Riigikantselei, lk 346
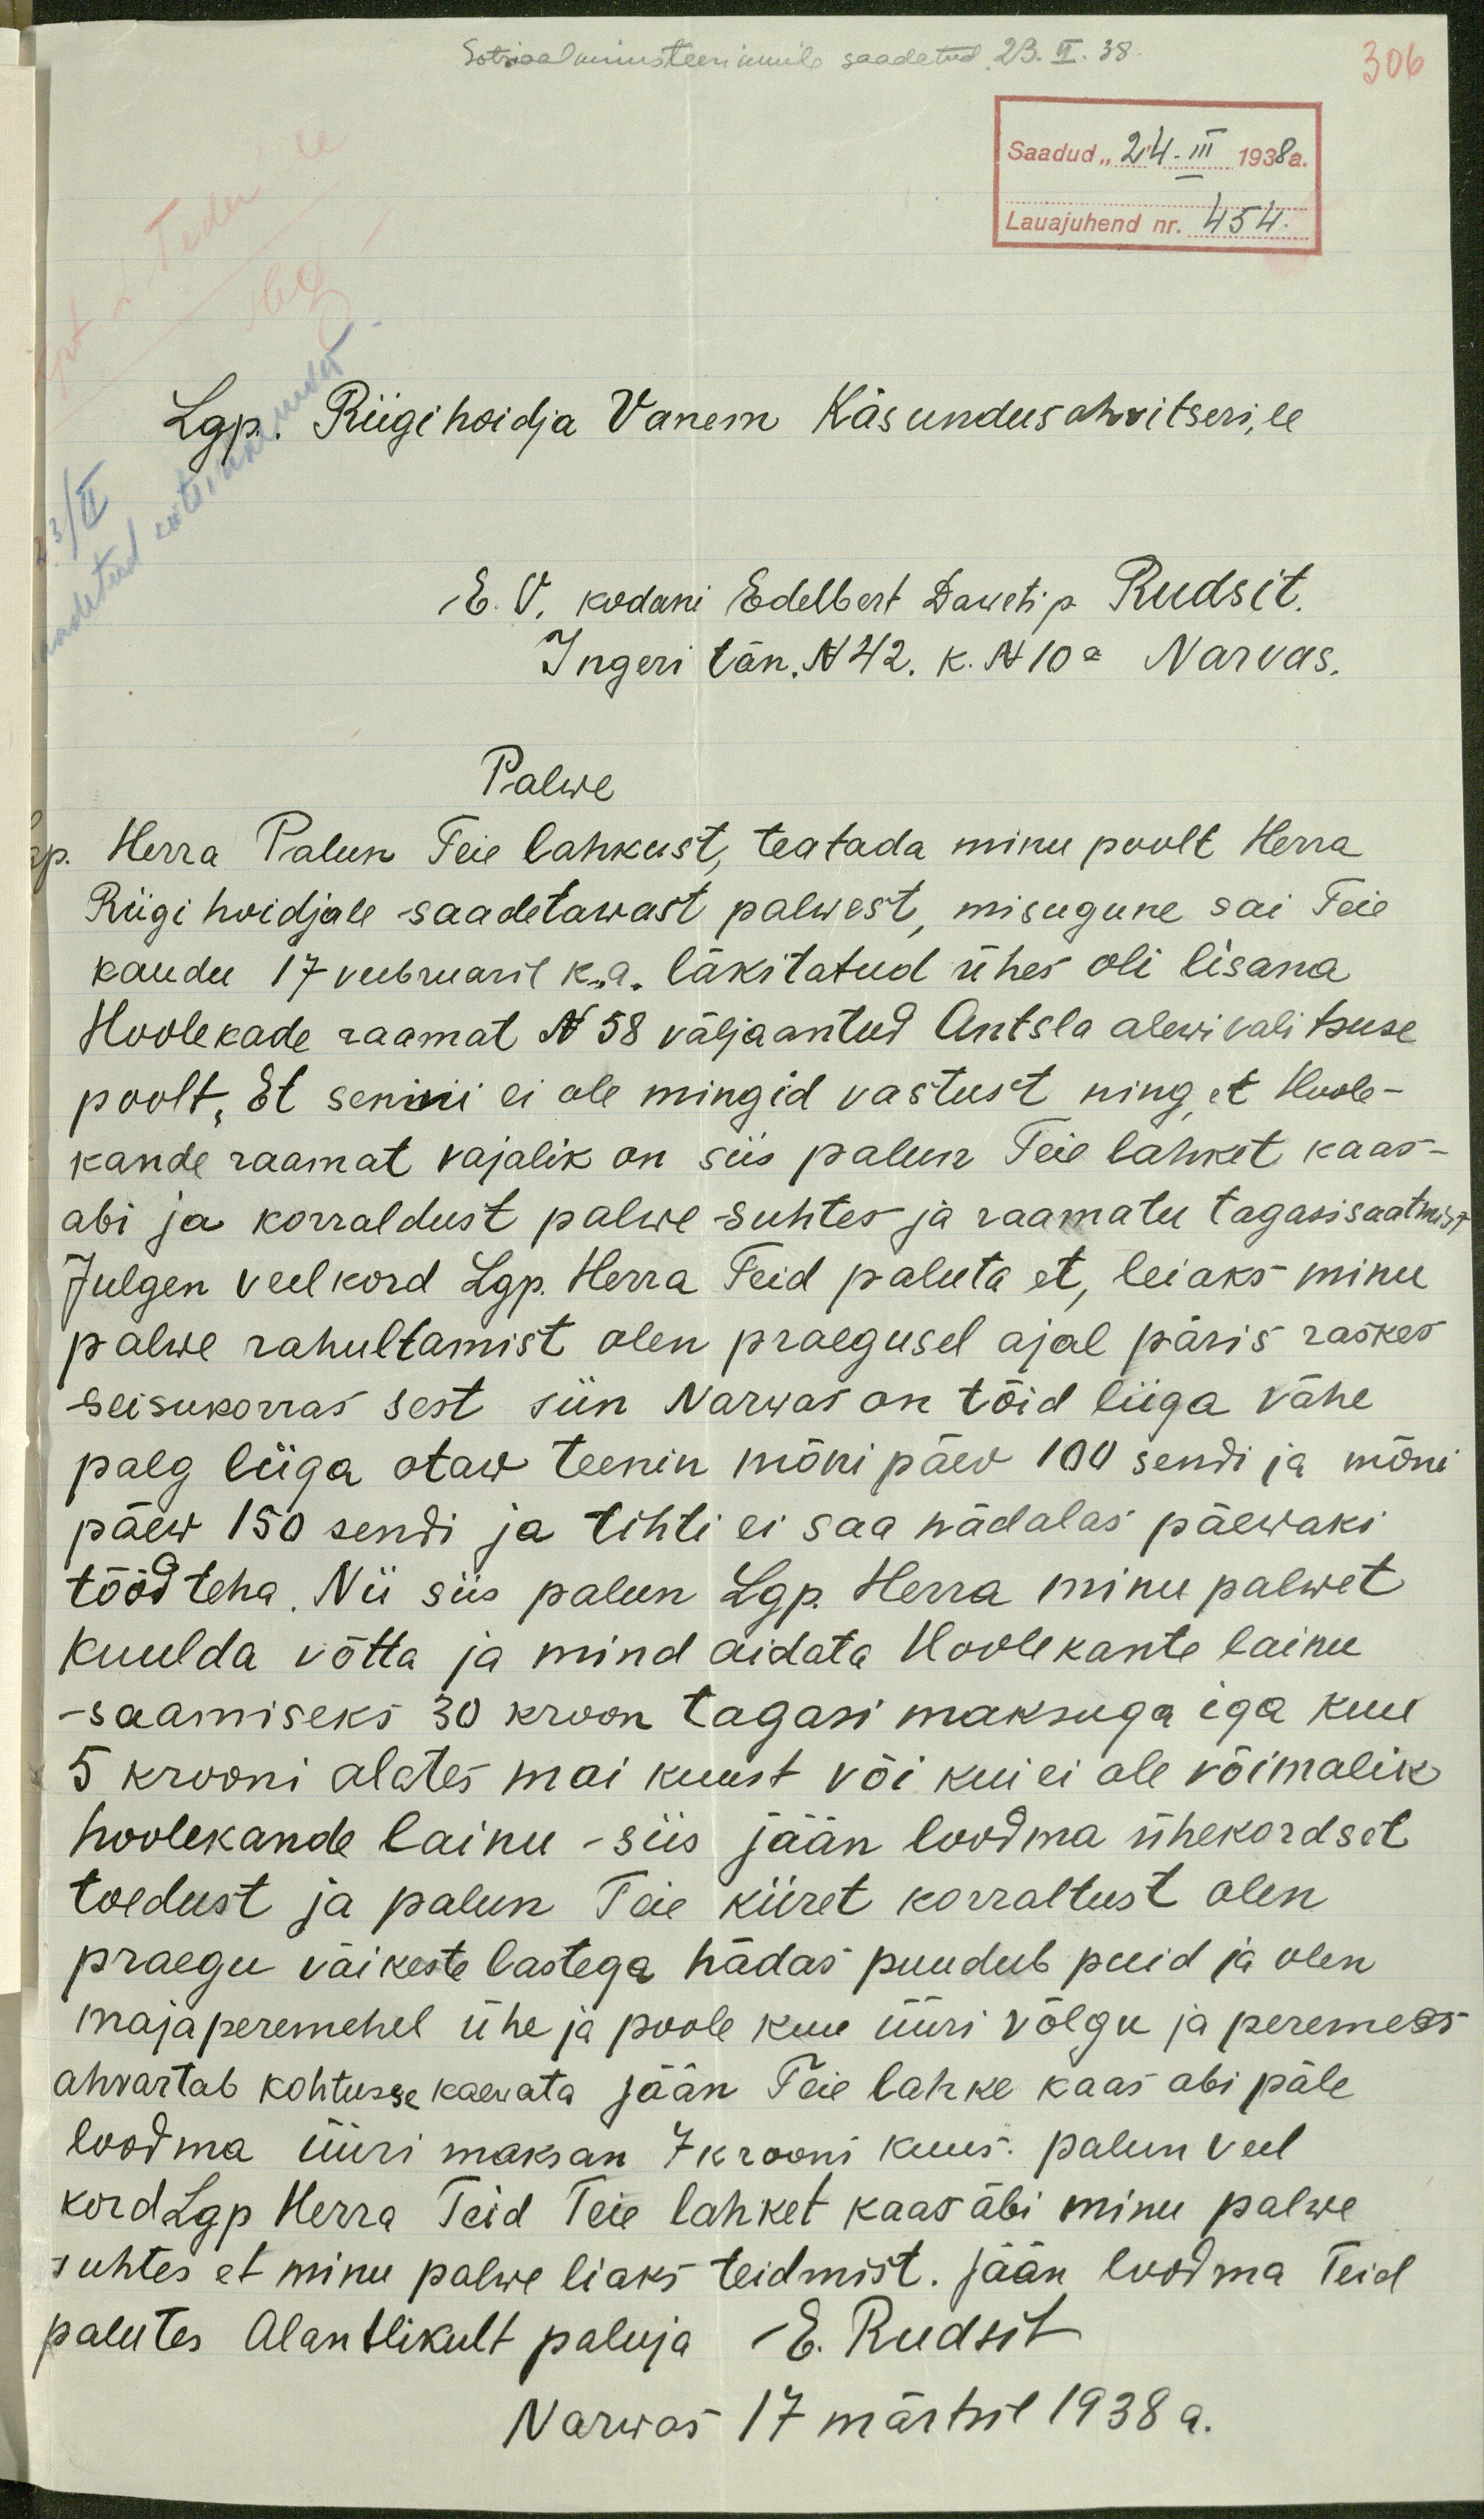
Sotsiaalministeeriumile saadetud. 23. II. 38.
306
Saadud "24. III 1938a.
Lauajuhend nr. 454.
Lgp. Riigihoidja Vanem Käsundus ohvitseri,le
E. V. kodani Edelbert Daweti p. Rudsit.
Ingeri tän. N 42. k. N 10a Narvas.
Palwe
Lgp. Herra Palun Teie lahkust, teatada minu poolt Herra
Riigi hoidjale saadetawast palwest, misugune sai Teie
kaudu 17 veebruaril k. a. läkitatud ühes oli lisana
Hoolekade raamat N 58 väljaantud Antsla alewivalitsuse
poolt, Et senini ei ole mingid vastust ning et Hoole-
kande raamat vajalik on siis palun Teie lahket kaas-
abi ja korraldust palwe suhtes ja raamatu tagasisaatmist
Julgen veelkord Lgp. Herra Teid paluta et, leiaks minu
palwe rahultamist olen praegusel ajal päris raskes
seisukorras sest siin Narwas on tõid liiga vähe
palg liiga otaw teenin mõni päev 100 sendi ja mõni
päew 150 sendi ja tihti ei saa nädalas päewaki
tööd teha. Nii siis palun Lgp. Herra minu palwet
kuulda võtta ja mind aidata Hoolekante lainu
saamiseks 30 kroon tagasi maksuga iga kuu
5 krooni alates mai kuust või kui ei ole võimalik
hoolekande lainu - siis jään loodma ühekordset
toedust ja palun Teie kiiret korraltust olen
praegu väikeste lastega hädas puudub puid ja olen
majaperemehel ühe ja poole kuu üüri võlgu ja peremees
ahvartab kohtusse kaevata Jään Teie lahke kaas abi päle
loodma üüri maksan 7 krooni kuus. Palun veel
kord Lgp Herra Teid Teie lahket kaas äbi minu palwe
suhtes et minu palwe liaks teidmist. Jään loodma Teid
palutes Alantlikult paluja E. Rudsit
Narwas 17 märtsil 1938 a.